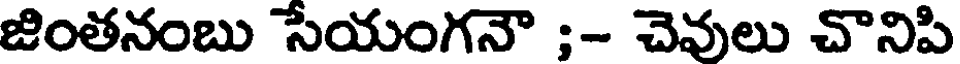
జింతనంబు సేయంగనౌ ;- చెవులు చొనిపి